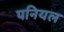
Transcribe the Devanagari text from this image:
पनियल